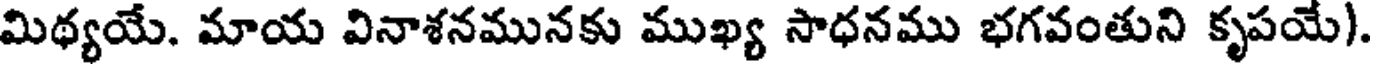
మిథ్యయే. మాయ వినాశనమునకు ముఖ్య సాధనము భగవంతుని కృపయే)